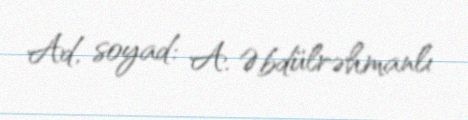
Ad, soyad: A. Əbdülrəhmanlı